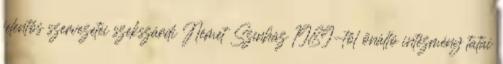
jelentős szervezetei szekszárdi Német Színház 1989-től önálló intézmény tatai